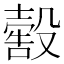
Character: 𣫀